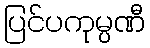
ပြင်ပကုမ္ပဏီ